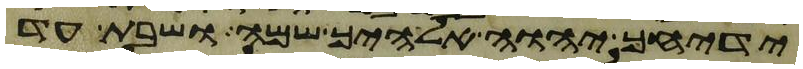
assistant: ידיחך יהוה אלהיך שמה ושבת עד